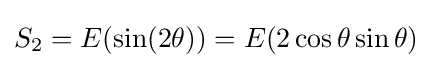
S_{2}=E(\sin(2\theta ))=E(2\cos \theta \sin \theta )